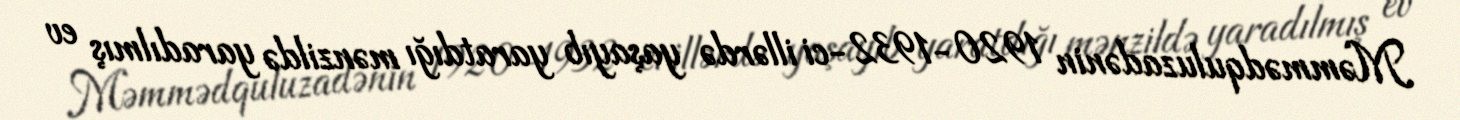
Məmmədquluzadənin 1920-1932-ci illərdə yaşayıb yaratdığı mənzildə yaradılmış ev